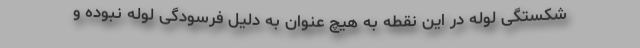
شکستگی لوله در این نقطه به هیچ عنوان به دلیل فرسودگی لوله نبوده و